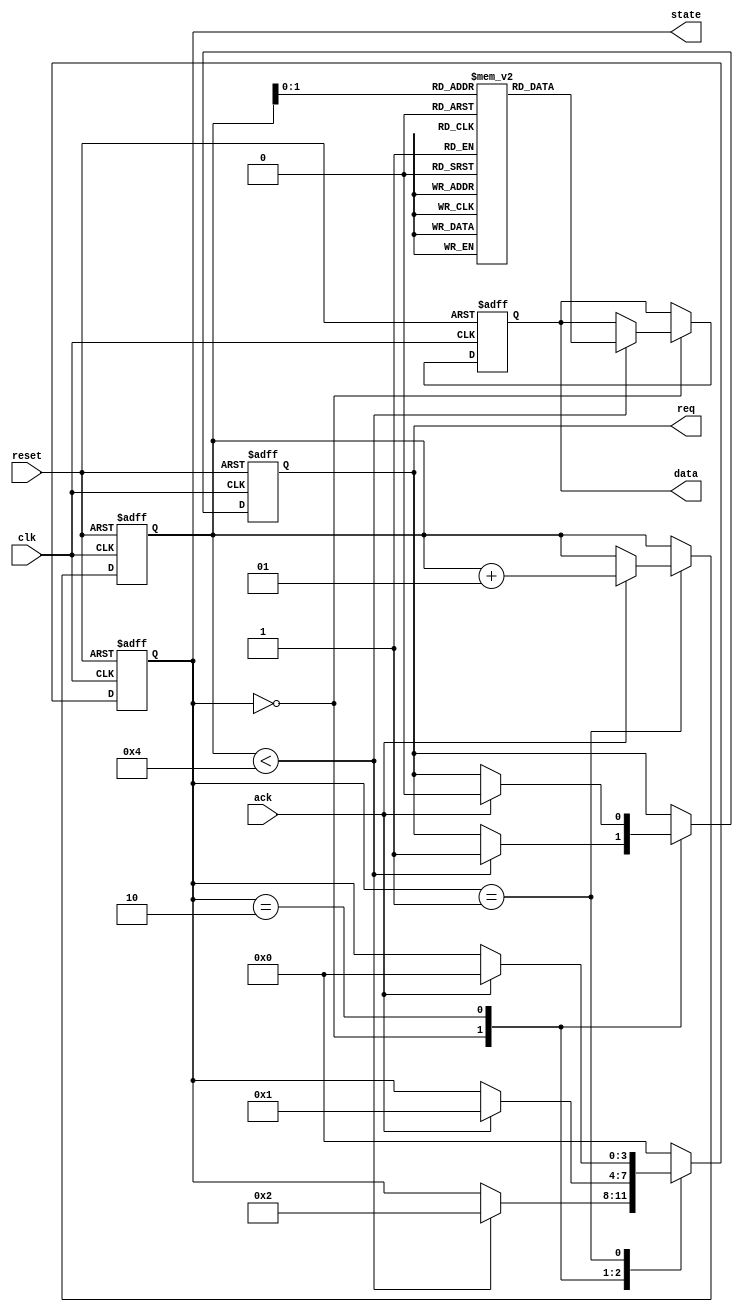
module master_device (
    input wire clk,
    input wire reset,
    input wire ack,          // Acknowledgment from slave
    output reg req,         // Request signal to slave
    output reg [7:0] data,  // Data bus
    output reg [3:0] state  // State of the master
);

    // State encoding
    localparam IDLE          = 4'b0000;
    localparam WAIT_FOR_ACK  = 4'b0001;
    localparam SEND_DATA     = 4'b0010;

    // Data to be sent (example data)
    reg [7:0] data_to_send [0:3]; // Array of data to send
    integer index;

    initial begin
        // Initialize data to send
        data_to_send[0] = 8'hAA;
        data_to_send[1] = 8'hBB;
        data_to_send[2] = 8'hCC;
        data_to_send[3] = 8'hDD;
        index = 0;
        state = IDLE;
    end

    always @(posedge clk or posedge reset) begin
        if (reset) begin
            req <= 0;
            data <= 8'b0;
            state <= IDLE;
            index <= 0;
        end else begin
            case (state)
                IDLE: begin
                    if (index < 4) begin
                        req <= 1; // Assert request
                        data <= data_to_send[index]; // Load data
                        state <= SEND_DATA; // Move to send data state
                    end
                end

                SEND_DATA: begin
                    if (ack) begin
                        req <= 0; // Deassert request
                        state <= WAIT_FOR_ACK; // Wait for acknowledgment
                    end
                end

                WAIT_FOR_ACK: begin
                    if (ack) begin
                        index = index + 1; // Move to next data
                        state <= IDLE; // Go back to idle
                    end
                end

                default: state <= IDLE; // Default case
            endcase
        end
    end
endmodule